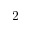
2